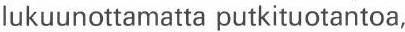
lukuunottamatta putkituotantoa,